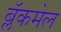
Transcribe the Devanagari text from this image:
ब्लॅकमेल